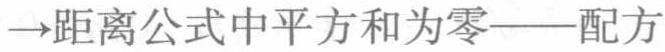
$\to$距离公式中平方和为零——配方